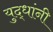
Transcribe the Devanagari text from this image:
युद्धांनी